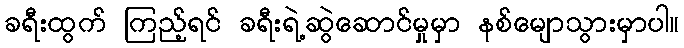
ခရီးထွက် ကြည့်ရင် ခရီးရဲ့ဆွဲဆောင်မှုမှာ နစ်မျောသွားမှာပါ။